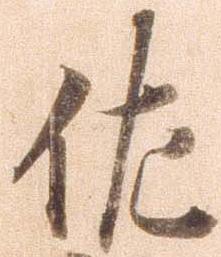
佐